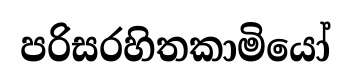
පරිසරහිතකාමියෝ